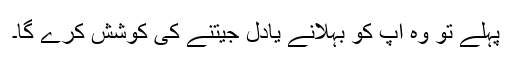
پہلے تو وہ آپ کو بہلانے یادل جیتنے کی کوشش کرے گا۔